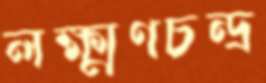
লক্ষ্মণচন্দ্র